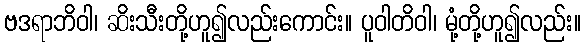
ဗဒရာဘိဝါ၊ ဆိးသီးတို့ဟူ၍လည်းကောင်း။ ပူဝါတိဝါ၊ မုံ့တို့ဟူ၍လည်း။